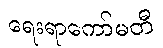
ရေးရာကော်မတီ